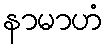
နာမာဟံ